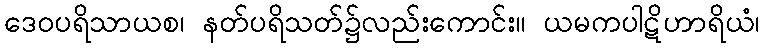
ဒေဝပရိသာယစ၊ နတ်ပရိသတ်၌လည်းကောင်း။ ယမကပါဋိဟာရိယံ၊